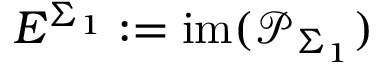
E ^ { \Sigma _ { 1 } } : = \mathrm { i m } ( \mathcal { P } _ { \Sigma _ { 1 } } )